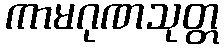
ကာမဂုဏသုတ္တ